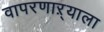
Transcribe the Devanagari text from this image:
वापरणाऱ्याला